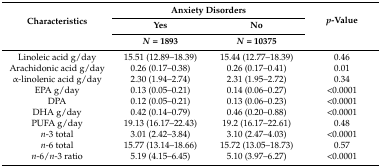
<table><thead><tr><td rowspan="3"><b>Characteristics</b></td><td colspan="2"><b>Anxiety Disorders</b></td><td rowspan="3"><b><i>p</i>-Value</b></td></tr><tr><td><b>Yes</b></td><td><b>No</b></td></tr><tr><td><b><i>N</i> = 1893</b></td><td><b><i>N</i> = 10375</b></td></tr></thead><tbody><tr><td>Linoleic acid g/day</td><td>15.51 (12.89–18.39)</td><td>15.44 (12.77–18.39)</td><td>0.46</td></tr><tr><td>Arachidonic acid g/day</td><td>0.26 (0.17–0.38)</td><td>0.26 (0.17–0.41)</td><td>0.01</td></tr><tr><td>α-linolenic acid g/day</td><td>2.30 (1.94–2.74)</td><td>2.31 (1.95–2.72)</td><td>0.34</td></tr><tr><td>EPA g/day</td><td>0.13 (0.05–0.21)</td><td>0.14 (0.06–0.27)</td><td>&lt;0.0001</td></tr><tr><td>DPA</td><td>0.12 (0.05–0.21)</td><td>0.13 (0.06–0.23)</td><td>&lt;0.0001</td></tr><tr><td>DHA g/day</td><td>0.42 (0.14–0.79)</td><td>0.46 (0.20–0.88)</td><td>&lt;0.0001</td></tr><tr><td>PUFA g/day</td><td>19.13 (16.17–22.43)</td><td>19.2 (16.17–22.61)</td><td>0.48</td></tr><tr><td><i>n</i>-3 total</td><td>3.01 (2.42–3.84)</td><td>3.10 (2.47–4.03)</td><td>&lt;0.0001</td></tr><tr><td><i>n</i>-6 total</td><td>15.77 (13.14–18.66)</td><td>15.72 (13.05–18.73)</td><td>0.57</td></tr><tr><td><i>n</i>-6/<i>n</i>-3 ratio</td><td>5.19 (4.15–6.45)</td><td>5.10 (3.97–6.27)</td><td>&lt;0.0001</td></tr></tbody></table>